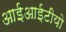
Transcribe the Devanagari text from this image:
आईआईटीयो